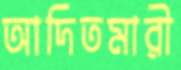
আদিতমারী